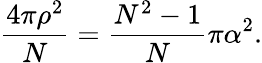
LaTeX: \frac{4\pi\rho^{2}}{N}=\frac{N^{2}-1}{N}\pi\alpha^{2}.